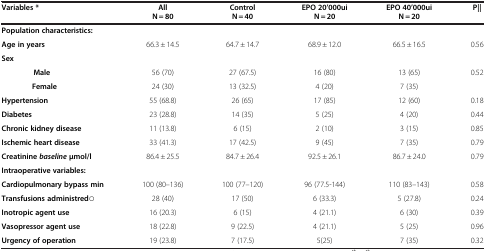
<table><thead><tr><td><b>Variables *</b></td><td><b>All</b></td><td><b>Control</b></td><td><b>EPO 20’000ui</b></td><td><b>EPO 40’000ui</b></td><td><b>P∥</b></td></tr><tr><td><b> </b></td><td><b>N = 80</b></td><td><b>N = 40</b></td><td><b>N = 20</b></td><td><b>N = 20</b></td><td><b> </b></td></tr></thead><tbody><tr><td><b>Population characteristics:</b></td><td> </td><td> </td><td> </td><td> </td><td> </td></tr><tr><td><b>Age in years</b></td><td>66.3 ± 14.5</td><td>64.7 ± 14.7</td><td>68.9 ± 12.0</td><td>66.5 ± 16.5</td><td>0.56</td></tr><tr><td><b>Sex</b></td><td> </td><td> </td><td> </td><td> </td><td> </td></tr><tr><td> <b>Male</b></td><td>56 (70)</td><td>27 (67.5)</td><td>16 (80)</td><td>13 (65)</td><td>0.52</td></tr><tr><td> <b>Female</b></td><td>24 (30)</td><td>13 (32.5)</td><td>4 (20)</td><td>7 (35)</td><td> </td></tr><tr><td><b>Hypertension</b></td><td>55 (68.8)</td><td>26 (65)</td><td>17 (85)</td><td>12 (60)</td><td>0.18</td></tr><tr><td><b>Diabetes</b></td><td>23 (28.8)</td><td>14 (35)</td><td>5 (25)</td><td>4 (20)</td><td>0.44</td></tr><tr><td><b>Chronic kidney disease</b></td><td>11 (13.8)</td><td>6 (15)</td><td>2 (10)</td><td>3 (15)</td><td>0.85</td></tr><tr><td><b>Ischemic heart disease</b></td><td>33 (41.3)</td><td>17 (42.5)</td><td>9 (45)</td><td>7 (35)</td><td>0.79</td></tr><tr><td><b>Creatinine</b><b><i>baseline</i></b><b>μmol/l</b></td><td>86.4 ± 25.5</td><td>84.7 ± 26.4</td><td>92.5 ± 26.1</td><td>86.7 ± 24.0</td><td>0.79</td></tr><tr><td><b>Intraoperative variables:</b></td><td> </td><td> </td><td> </td><td> </td><td> </td></tr><tr><td><b>Cardiopulmonary bypass min</b></td><td>100 (80–136)</td><td>100 (77–120)</td><td>96 (77.5-144)</td><td>110 (83–143)</td><td>0.58</td></tr><tr><td><b>Transfusions administred○</b></td><td>28 (40)</td><td>17 (50)</td><td>6 (33.3)</td><td>5 (27.8)</td><td>0.24</td></tr><tr><td><b>Inotropic agent use</b></td><td>16 (20.3)</td><td>6 (15)</td><td>4 (21.1)</td><td>6 (30)</td><td>0.39</td></tr><tr><td><b>Vasopressor agent use</b></td><td>18 (22.8)</td><td>9 (22.5)</td><td>4 (21.1)</td><td>5 (25)</td><td>0.96</td></tr><tr><td><b>Urgency of operation</b></td><td>19 (23.8)</td><td>7 (17.5)</td><td>5(25)</td><td>7 (35)</td><td>0.32</td></tr></tbody></table>